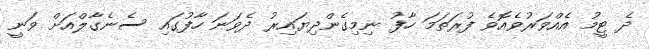
ދެ ޓީމު އެއްވަރުވެއޮވެ ފުރަތަމަ ހާފު ނިމިގެންދިޔައިރު ދެވަނަ ހާފުގައި ސެނެގާލްއަށް ވަނީ